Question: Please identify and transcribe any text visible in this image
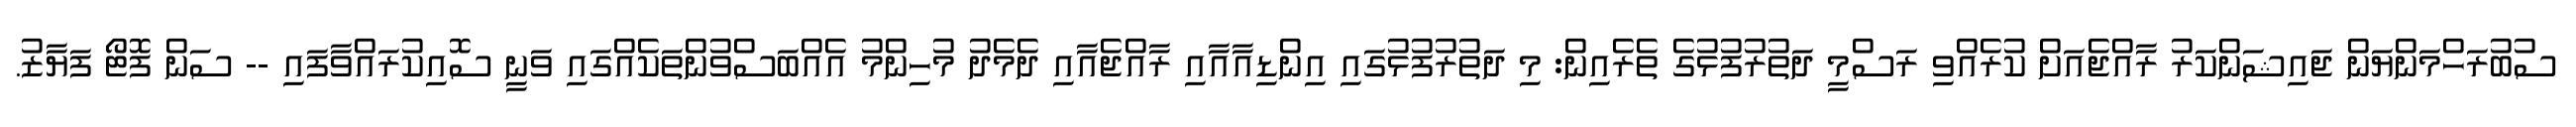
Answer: ސުބުރަހްމަންޔަން ޖައިޝަންކަރު ރާއްޖެއަށް ކުރެއްވި ރަސްމީ ދަތުރުފުޅުގެ ތެރެއިން: މި ދަތުރުފުޅުގައި އިންޑިއާއާއި ރާއްޖެއާއި ދެމެދު މުހިންމު އެއްބަސްވުންތަކެއްގައި ވަނީ ސޮއިކުރައްވާފައި -- ސަން ފޮޓޯ ފަޔާޒު.